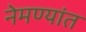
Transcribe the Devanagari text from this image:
नेमण्यांत